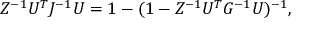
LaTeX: Z ^ { - 1 } U ^ { T } J ^ { - 1 } U = 1 - ( 1 - Z ^ { - 1 } U ^ { T } G ^ { - 1 } U ) ^ { - 1 } ,